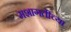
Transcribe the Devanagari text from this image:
मशागतीच्या